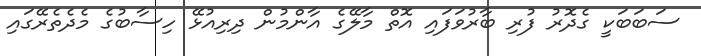
ސަބަބަކީ ގެދޮރު ފުރި ބާރުވަފައި އޮތް މާލޭގެ އާންމުން ދިރިއުޅޭ ހިސާބުގެ މެދެތެރޭގައި